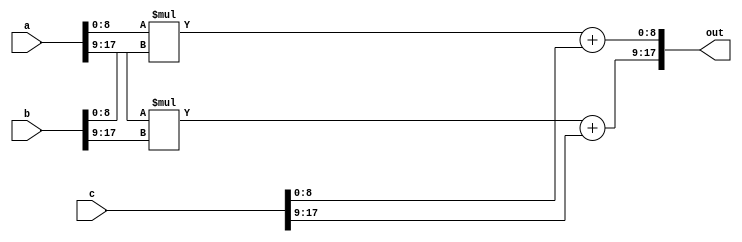
//-------------------------------------------------------
//  Functionality: 
//    - A 8-bit multiply-acculumate circuit 
//    - A 9-bit multiply-acculumate circuit
//-------------------------------------------------------

module mac_8_9(a, b, c, out);
parameter DATA_WIDTH = 18;  /* declare a parameter. default required */
input [DATA_WIDTH - 1 : 0] a, b, c;
output [DATA_WIDTH - 1 : 0] out;

assign out[8:0] = a[8:0] * b[8:0] + c[8:0];
assign out[17:9] = a[17:9] * b[17:9] + c[17:9];

endmodule